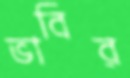
ভাবির